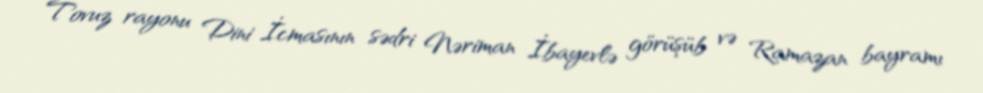
Tovuz rayonu Dini İcmasının sədri Nəriman İbayevlə görüşüb və Ramazan bayramı